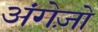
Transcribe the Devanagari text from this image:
अंगेज़ो